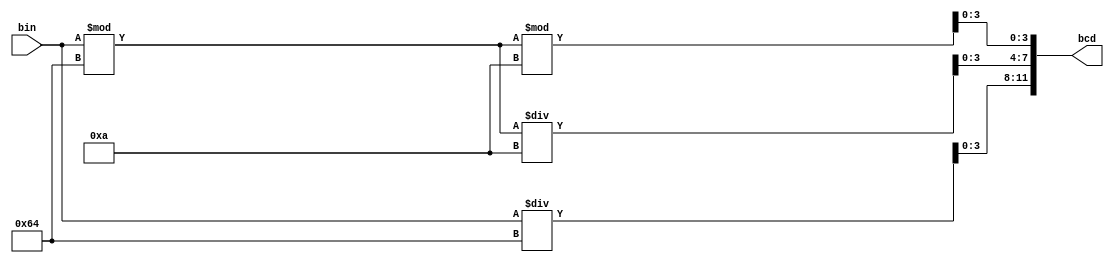
`timescale 1ns / 1ps
//////////////////////////////////////////////////////////////////////////////////
// Company: 
// Engineer: 
// 
// Design Name: 
// Module Name: bin2bcd
// Project Name: 
// Target Devices: 
// Tool Versions: 
// Description: 
// 
// Dependencies: 
// 
// Revision:
// Revision 0.01 - File Created
// Additional Comments:
// 
//////////////////////////////////////////////////////////////////////////////////


module bin2bcd(
        input [7:0] bin,
        output [11:0] bcd
    );    
    assign bcd[11:8] = bin / 8'd100;
    assign bcd[7:4]  = (bin % 8'd100) / 8'd10;
    assign bcd[3:0]  = (bin % 8'd100) % 8'd10;     
endmodule